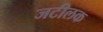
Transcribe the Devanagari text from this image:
जटीलक